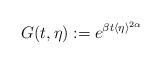
LaTeX: \begin{align*}G(t, \eta) := e^{\beta t \langle \eta\rangle^{2\alpha}}\end{align*}